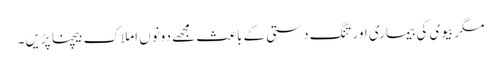
مگر بیوی کی بیماری اور تنگ دستی کے باعث مجھے دونوں املاک بیچنا پڑیں۔